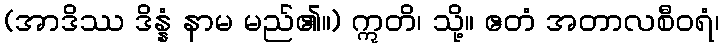
(အာဒိဿ ဒိန္နံ နာမ မည်၏။) ဣတိ၊ သို့။ ဧတံ အတာလစီဝရံ၊